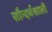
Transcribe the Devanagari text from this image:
सौन्दर्यशाली